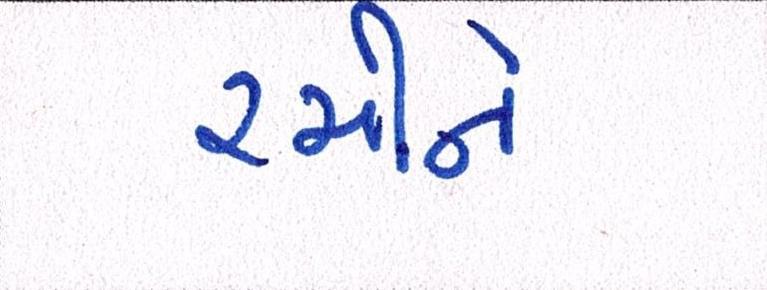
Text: રમીને